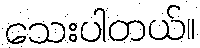
သေးပါတယ်။